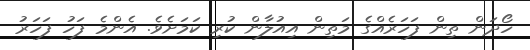
ހޯދަން ތިން ފަހަރެއްގެ މަތިން އިއުލާން ކުރި ކަމަށެވެ. އެންމެ ފަހު ފަހަރު